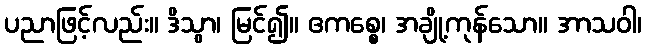
ပညာဖြင့်လည်း။ ဒိသွာ၊ မြင်၍။ ဧကစ္စေ၊ အချို့ကုန်သော။ အာသဝါ၊